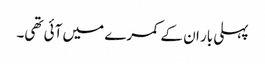
پہلی بار ان کے کمرے میں آئی تھی۔